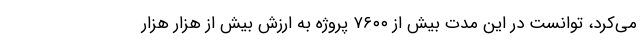
می‌کرد، توانست در این مدت بیش از ۷۶۰۰ پروژه به ارزش بیش از هزار هزار